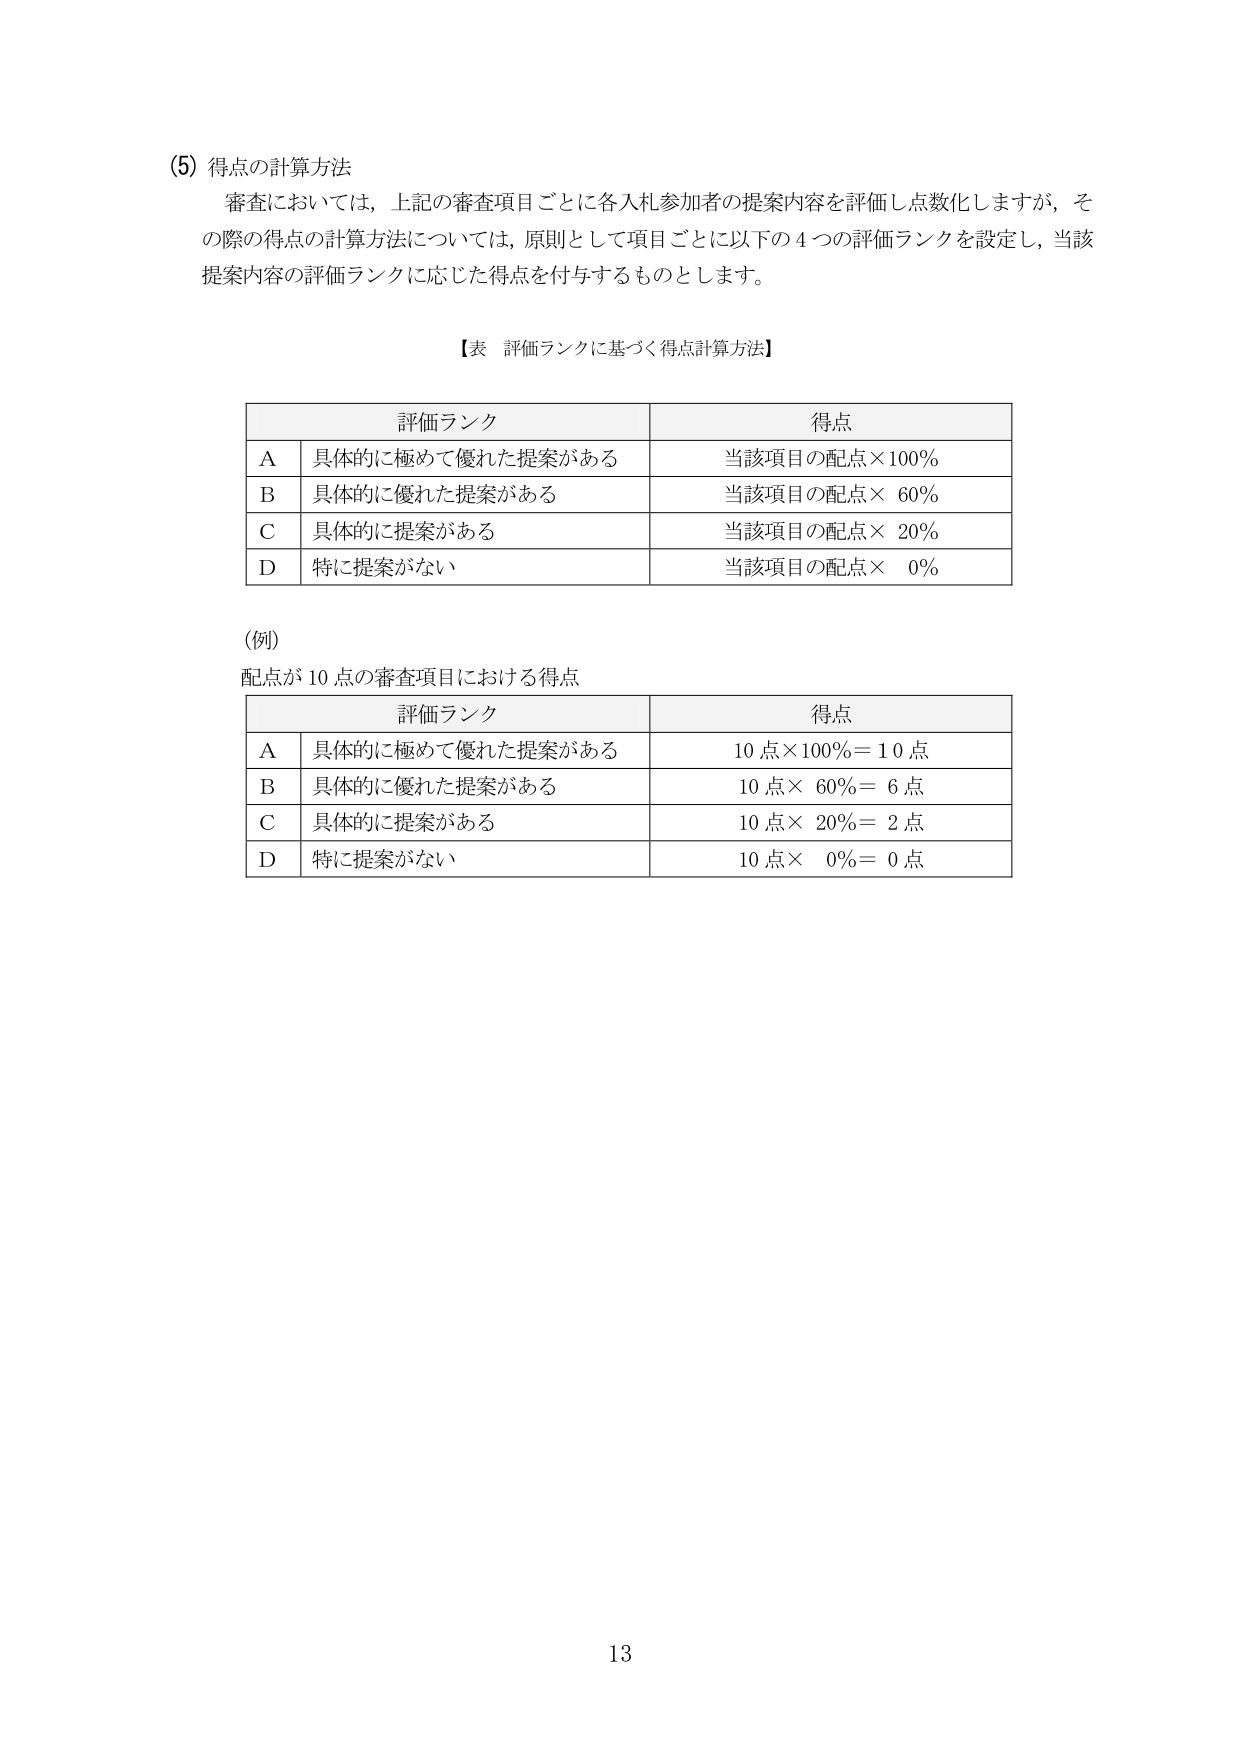
(5) 得点の計算方法
審査においては、上記の審査項目ごとに各入札参加者の提案内容を評価し点数化しますが、その際の得点の計算方法については、原則として項目ごとに以下の4つの評価ランクを設定し、当該提案内容の評価ランクに応じた得点を付与するものとします。

【表 評価ランクに基づく得点計算方法】

| 評価ランク | 得点 |
|------------|------|
| A | 具体的に極めて優れた提案がある | 当該項目の配点×100% |
| B | 具体的に優れた提案がある | 当該項目の配点×60% |
| C | 具体的に提案がある | 当該項目の配点×20% |
| D | 特に提案がない | 当該項目の配点×0% |

(例)
配点が10点の審査項目における得点

| 評価ランク | 得点 |
|------------|------|
| A | 具体的に極めて優れた提案がある | 10点×100%＝10点 |
| B | 具体的に優れた提案がある | 10点×60%＝6点 |
| C | 具体的に提案がある | 10点×20%＝2点 |
| D | 特に提案がない | 10点×0%＝0点 |

13